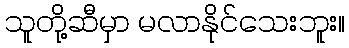
သူတို့ဆီမှာ မလာနိုင်သေးဘူး။